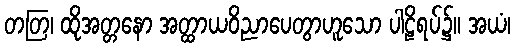
တတြ၊ ထိုအတ္တနော အတ္ထာယဝိညာပေတွာဟူသော ပါဠိရပ်၌။ အယံ၊